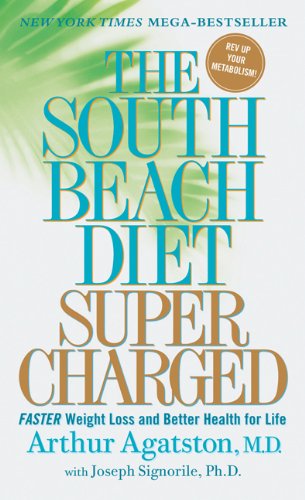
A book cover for The South Beach Diet Supercharged: Faster Weight Loss and Better Health for Life; Arthur Agatston; Cookbooks, Food & Wine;